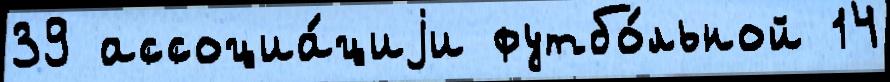
39 ассоциа́циjи футбо́льной 14